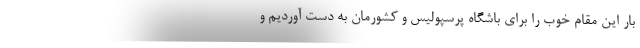
بار این مقام خوب را برای باشگاه پرسپولیس و کشورمان به دست آوردیم و